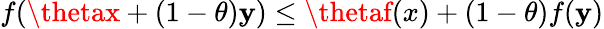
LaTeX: f(\thetax+(1-\theta)\mathbf{y})\leq\thetaf(x)+(1-\theta)f(\mathbf{y})